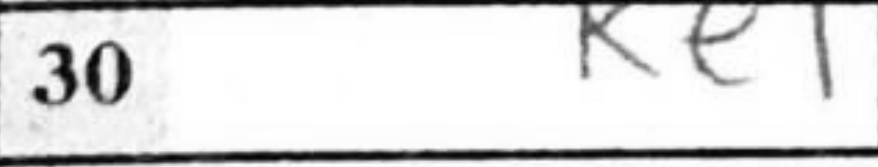
Transcription: Ke1